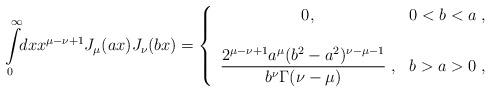
LaTeX: \begin{align*}\int\limits_0^{\infty} \!\! dx x^{\mu-\nu+1} J_\mu (ax) J_\nu (bx) =\left\{ \begin{array}{cc} 0 , & 0 < b < a \;, \\ \\ \displaystyle{\frac{2^{\mu-\nu+1} a^\mu (b^2 - a^2)^{\nu - \mu -1}}{b^\nu \Gamma(\nu - \mu)}} \;, & b > a > 0 \;, \end{array}\right.\end{align*}